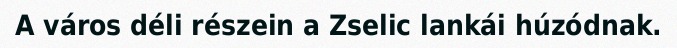
A város déli részein a Zselic lankái húzódnak.